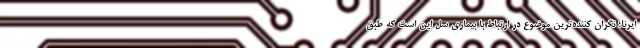
ایرنا؛ نگران کننده‌ترین موضوع در ارتباط با بیماری سل این است که طبق